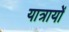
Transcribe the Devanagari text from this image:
यात्रायों